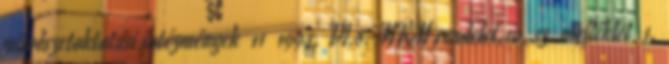
művészetoktatási intézmények 11 1994. VI.8. MKM rendelet,10. sz. melléklet 1.